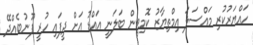
ހައްޔަރުކުރި މައްސަލަ އިމްތިޔާޒު ކޮމިޓީން ބަލަނީ އައްޑު އަށް ދީފައި ހުރީ ފޫނުބެއްދޭ